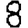
Digit: 8